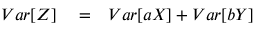
\begin{array} { r l r } { V a r [ Z ] } & { { } = } & { V a r [ a X ] + V a r [ b Y ] } \end{array}